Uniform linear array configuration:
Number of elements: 64
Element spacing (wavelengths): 0.75
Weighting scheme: kaiser
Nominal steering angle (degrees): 0
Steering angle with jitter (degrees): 1.558
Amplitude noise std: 0.05
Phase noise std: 0.05

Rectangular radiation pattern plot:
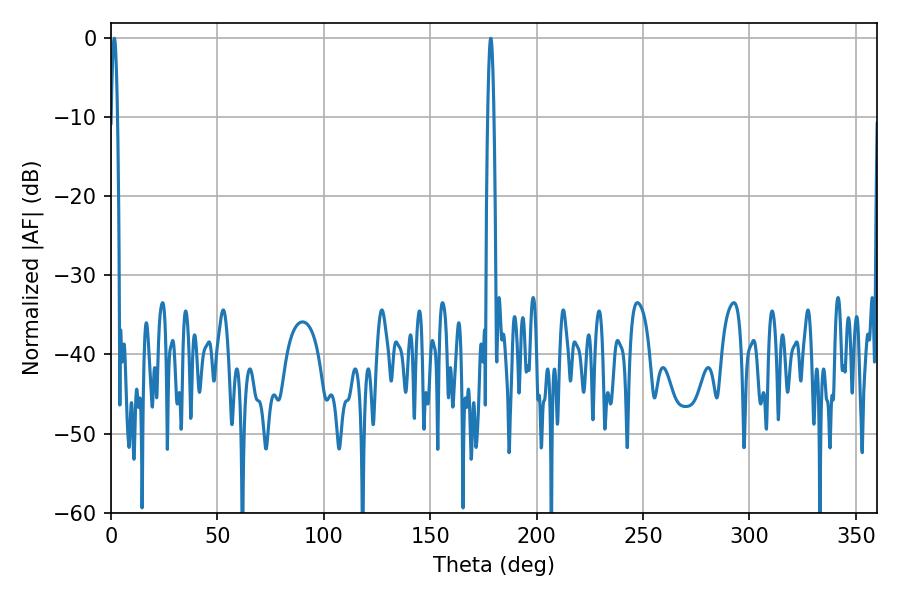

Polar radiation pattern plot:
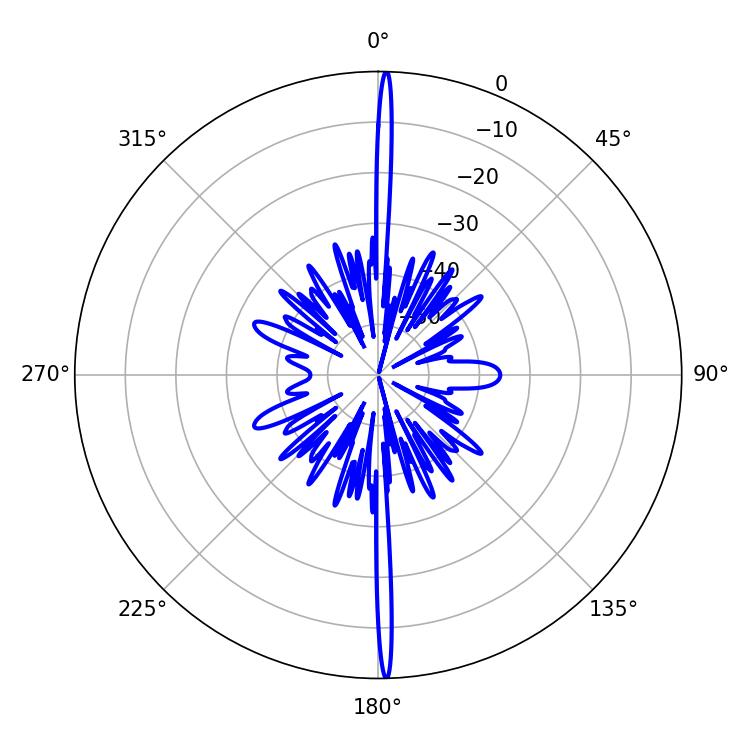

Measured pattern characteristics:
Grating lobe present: TRUE
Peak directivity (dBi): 30.853
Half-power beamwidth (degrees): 1.62
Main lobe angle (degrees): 1.62